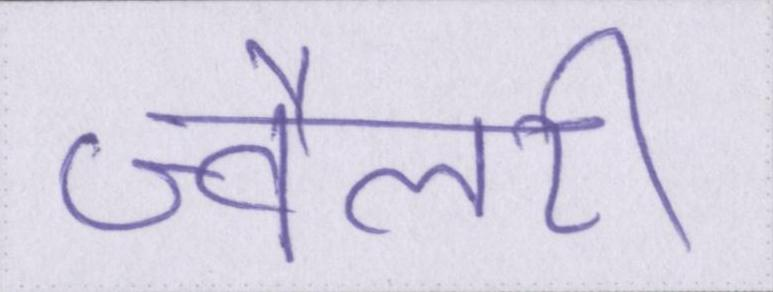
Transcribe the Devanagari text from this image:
ज्वैलरी